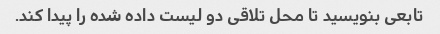
تابعی بنویسید تا محل تلاقی دو لیست داده شده را پیدا کند.